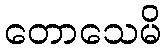
တောသေမိ